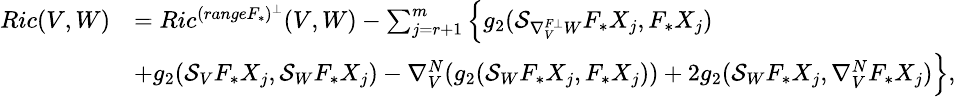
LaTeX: \small\begin{array}{ll}{Ric(V,W)}&{=Ric^{(rangeF_{\ast})^{\bot}}(V,W)-\sum_{j=r+1}^{m}\Big\{ g_{2}(\mathcal{S}_{\nabla_{V}^{F\bot}W}F_{\ast}X_{j},F_{\ast}X_{j})}\\ &{+g_{2}(\mathcal{S}_{V}F_{\ast}X_{j},\mathcal{S}_{W}F_{\ast}X_{j})-\nabla_{V}^{N}(g_{2}(\mathcal{S}_{W}F_{\ast}X_{j},F_{\ast}X_{j}))+2g_{2}(\mathcal{S}_{W}F_{\ast}X_{j},\nabla_{V}^{N}F_{\ast}X_{j})\Big\} ,}\end{array}